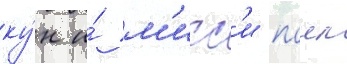
ку́н и́ м'исс'и паил